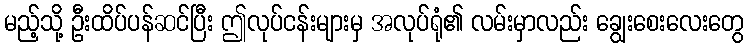
မည့်သို့ ဦးထိပ်ပန်ဆင်ပြီး ဤလုပ်ငန်းများမှ အလုပ်ရုံ၏ လမ်းမှာလည်း ချွေးစေးလေးတွေ